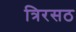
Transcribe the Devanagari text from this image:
त्रिरसठ